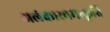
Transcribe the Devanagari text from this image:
अलंकारचमत्कृति